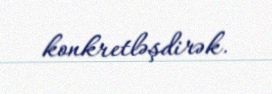
konkretləşdirək.